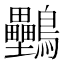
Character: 𪈦